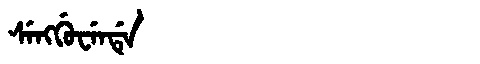
Manchu: ᠰᡝᠩᡤᡠᠸᡝᠨᡩᡝ
Romanization: SENGGUWENDE